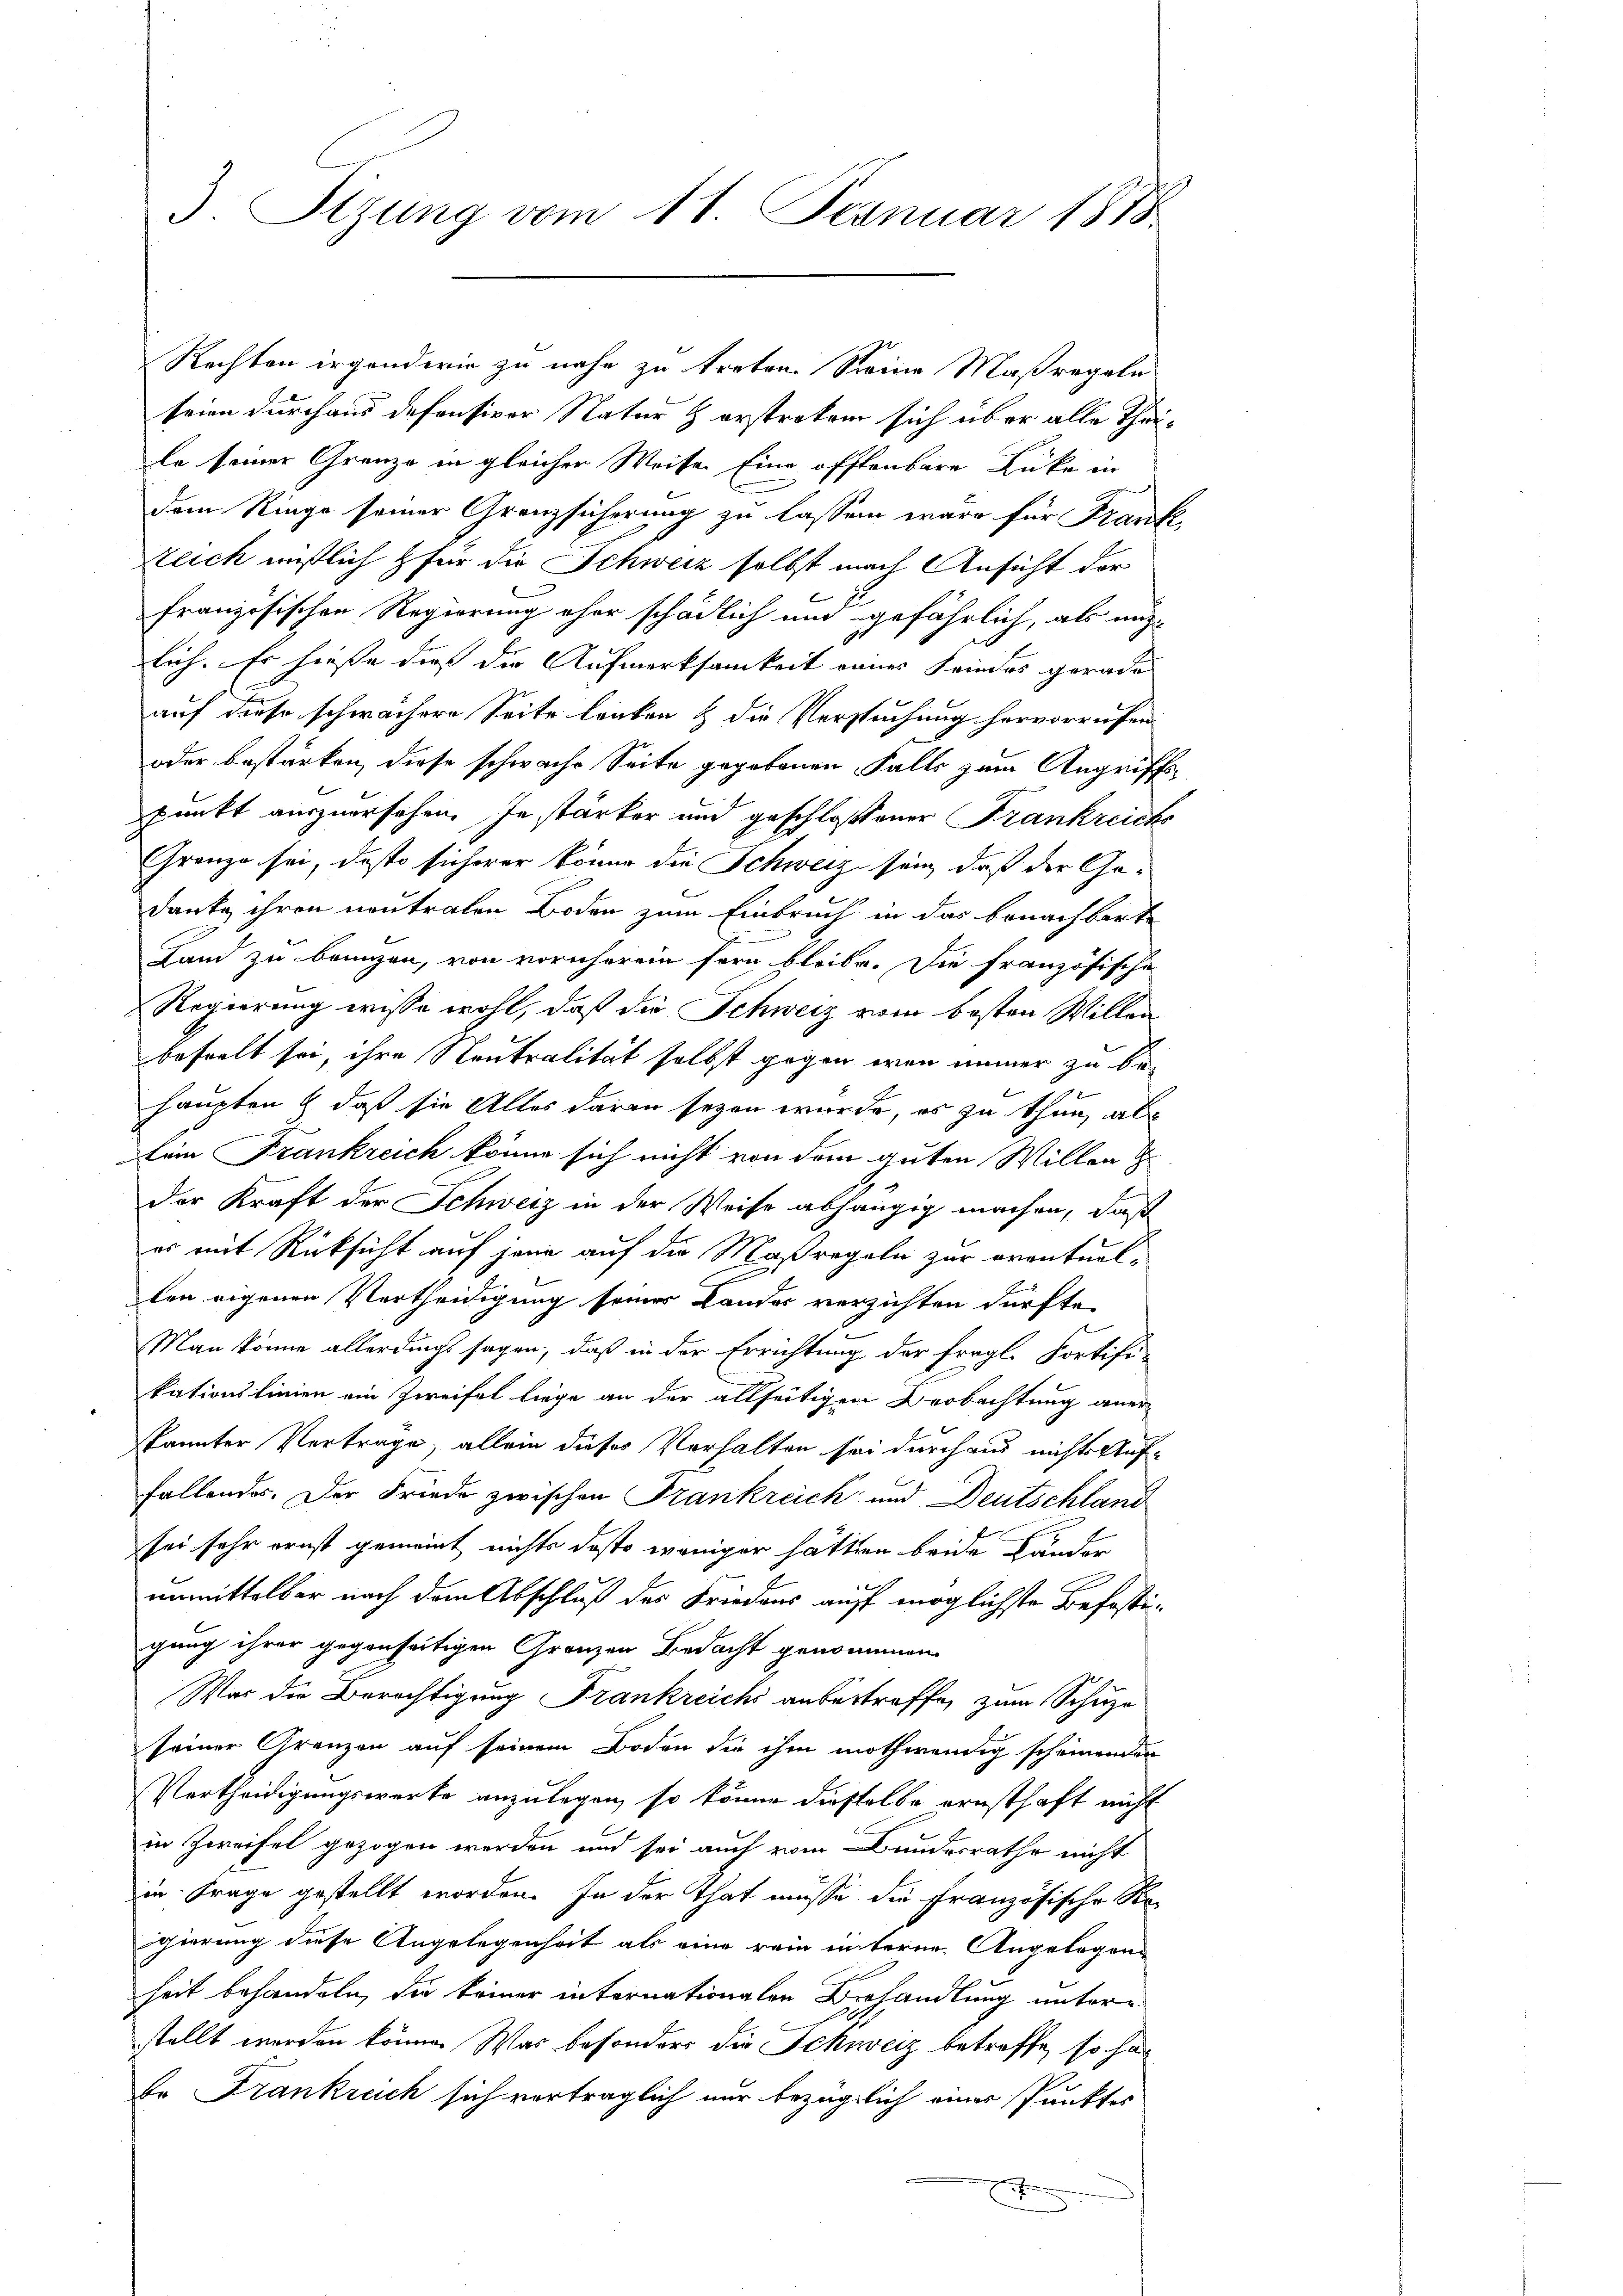
3. Sizung vom 11. Jeanuar 1878

Rechten irgendwie zu nahe zu treten. Seine Maßregeln
seien durchaus defensiver Natur & erstrakem sich über alle Theile seiner Grenze in gleicher Weise Eine offtenbare Lücke in
dem Ringe seiner Granzsicherung zu lassen wäre für Frank
Zeich unstlich für die Schweiz selbst nach Ansicht der
französischen Regierung eher schädlich mit gefährlich, als müh-
lich. Es hiesse dies die Aufmerksamkeit einer Feindes gerade
auf diese schwächere Seite lenken & die Versuchung hervorrufen
oder bestärken, diese schwache Seite gegebenen Falls zum Angriffspunkt auszuersehen. In stärker und geschlossener Frankreichs
Granzo sei, daß sicherer könne die Schweiz sein, daß der Ge¬
Danke ihren neutralen Boden zum Einbruch in das benachbarte
Land zu bringen, von vornherein fern bleibe. Die französische
Regierung wisse wohl, daß die Schweiz vom kosten Willen
behielt sei, ihre Neutralität selbst gegen wenn immer zu be-
haupten & daß sie Alles daran seyen wurde, es zu thun, als
kein Frankreich könne sich nicht von dem guten Willen d
der Kraft der Schweiz in der Weise abhängig machen, daß
er mit Rücksicht auf jene auf die Maßregeln zur eventual-
ten eigenen Vertheidigung seines Lander verzichten dürfte.
Man könne allerdings sagen, daß in der Errichtung der fragl. Fortifikationslinien ein Zweifel liege an der allseitigen Beobachtung aner-
kannter Vertrage, allein dieses Verhalten sei durchaus nichts Auffallendes. Der Friede zwischen Frankreich und Deutschland
sei sehr ernst gemeint nichts desto weniger hätten beide Länder
unmittelbar nach dem Abschluß des Friedens auf möglichste Befestigung ihrer gegenseitigen Granzen Bedacht genommen
War die Berechtigung Frankreichs anbestraffe, zum Schuze
seiner Grenzen auf seinem Boden die ihm nothwendig scheinenden
Vertheidigungswerke anzulegen, so könne diesselbe ernsthaft nicht
in Zweifel gezogen werden und sei auch vom Bundesrathe nicht
in Frage gestellt worden. In der That müsse die Französische Regierung diese Angelegenheit als eine rein unterne Angelegenheit behandeln, die keiner internationalen Behandlung unterstellt werden könne. Was besonders die Schweiz betreffe, so ha¬
Dr Frankreich sich verträglich nur bezüglich einer Punktes
E